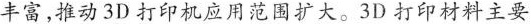
丰富,推动3D打印机应用范围扩大。3D打印材料主要